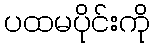
ပထမပိုင်းကို